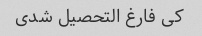
کی فارغ التحصیل شدی